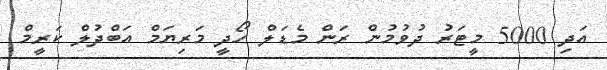
އަދި 5000 މީޓަރު ދުވުމުން ރަން މެޑަލް ހޯދީ މަރިޔަމް އަބްދުލް ކަރީމް